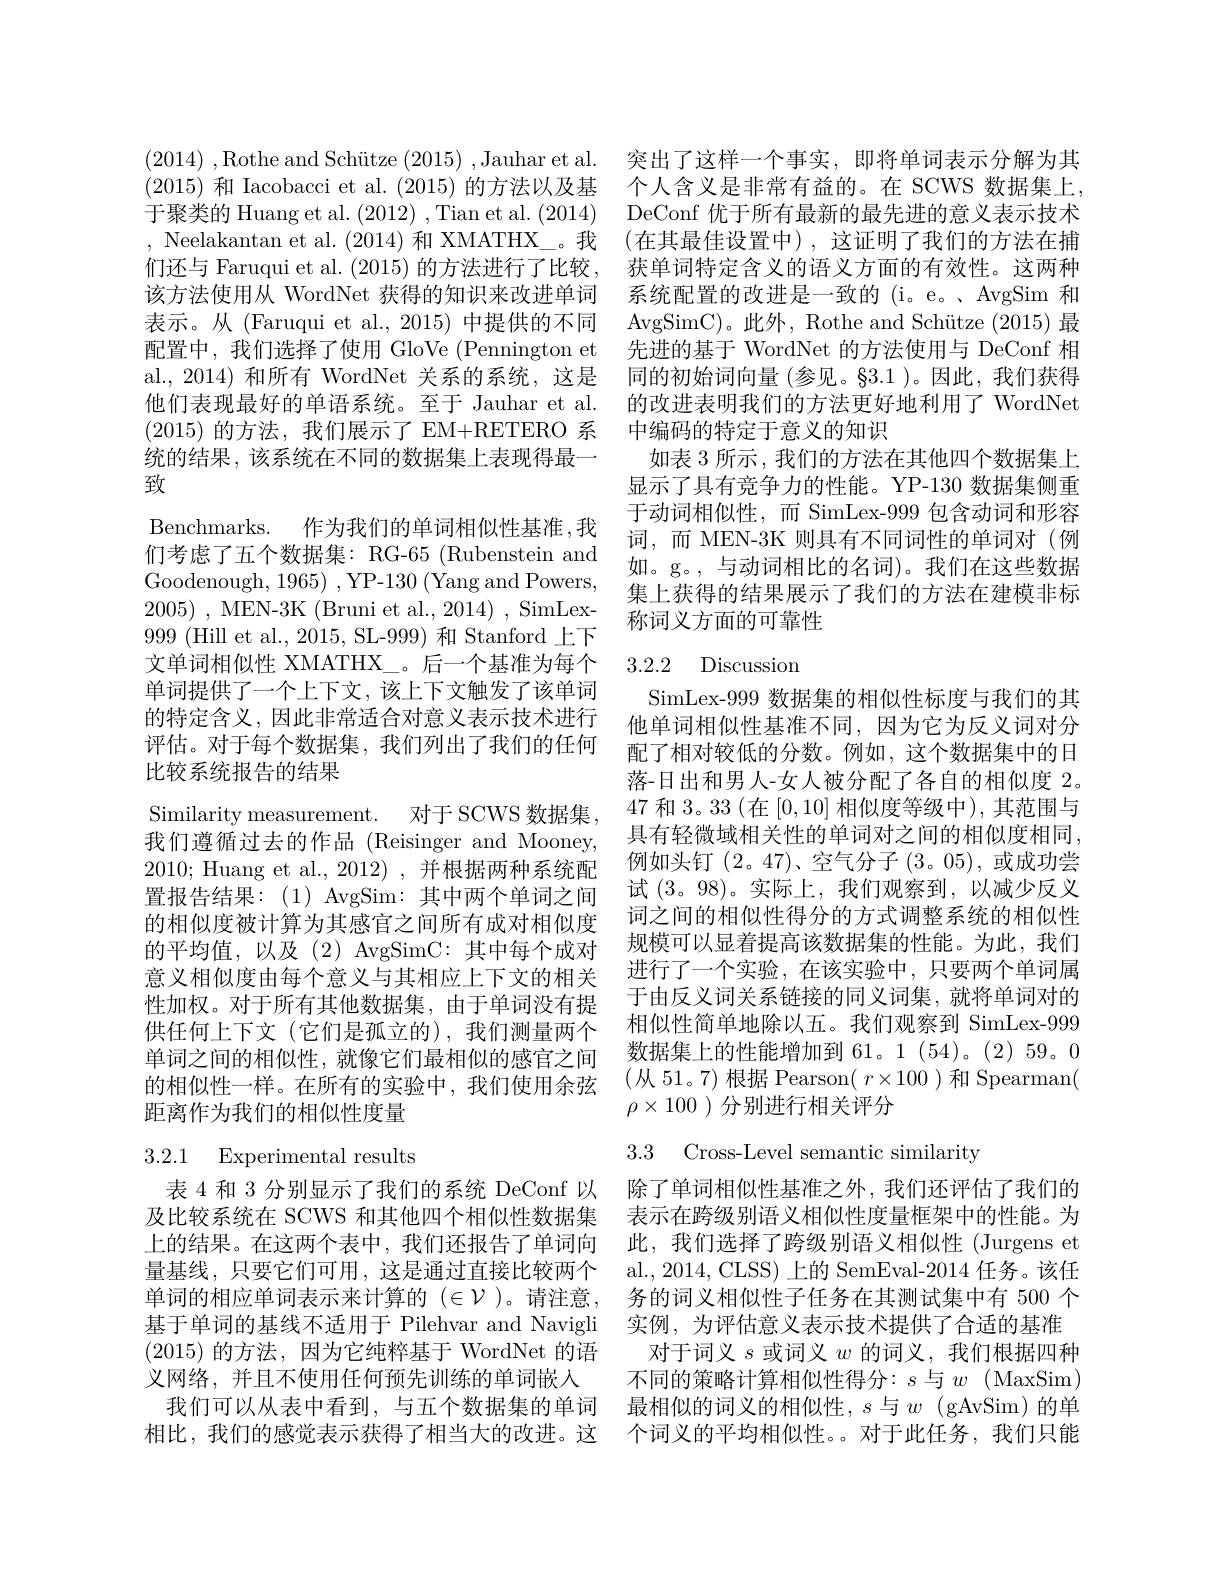
(2014) ,Rothe and Schütze (2015) ,Jauhar et al. 突出了这样一个事实，即将单词表示分解为其(2015)和 Iacobacci et al. (2015) 的方法以及基 个人含义是非常有益的。在 SCWS 数据集上。于聚类的 Huang et al. (2012) ,Tian et al. (2014) DeConf 优于所有最新的最先进的意义表示技术, Neelakantan et al. (2014)和 XMATHX\_。我 (在其最佳设置中),这证明了我们的方法在捕们还与 Faruqui et al. (2015) 的方法进行了比较，获单词特定含义的语义方面的有效性。这两种该方法使用从 WordNet 获得的知识来改进单词 系统配置的改进是一致的 (i。e。、AvgSim 和表示。从 (Faruqui et al., 2015) 中提供的不同 AvgSimC)。此外，Rothe and Schütze (2015) 最配置中，我们选择了使用 GloVe (Pennington et 先进的基于 WordNet 的方法使用与 DeConf 相al., 2014) 和所有 WordNet 关系的系统，这是 同的初始词向量 (参见。§3.1 )。因此，我们获得他们表现最好的单语系统。至于 Jauhar et al. 的改进表明我们的方法更好地利用了 WordNet (2015)的方法，我们展示了 EM+RETERO 系 中编码的特定于意义的知识
统的结果，该系统在不同的数据集上表现得最一
致

Benchmarks. 作为我们的单词相似性基准，我们考虑了五个数据集：RG-65 (Rubenstein and Goodenough, 1965) , YP-130 ( Yang and Powers, 2005) ,MEN-3K(Bruni et al.,2014) ,SimLex- 999 (Hill et al., 2015, SL-999) 和 Stanford 上下文单词相似性 XMATHX\_。后一个基准为每个 3.2.2 Discussion
单词提供了一个上下文，该上下文触发了该单词的特定含义，因此非常适合对意义表示技术进行评估。对于每个数据集，我们列出了我们的任何比较系统报告的结果
Similarity measurement. 对于 SCWS 数据集， 我们遵循过去的作品 (Reisinger and Mooney, 2010; Huang et al., 2012), 并根据两种系统配置报告结果：(1)AvgSim:其中两个单词之间的相似度被计算为其感官之间所有成对相似度的平均值，以及(2)AvgSimC:其中每个成对意义相似度由每个意义与其相应上下文的相关性加权。对于所有其他数据集，由于单词没有提供任何上下文(它们是孤立的),我们测量两个单词之间的相似性，就像它们最相似的感官之间的相似性一样。在所有的实验中，我们使用余弦 (从 51。7)根据 Pearson( $r\times100$ )和 Spearman(
距离作为我们的相似性度量

## 3.2.1 Experimental results

表 4 和 3 分别显示了我们的系统 DeConf 以 除了单词相似性基准之外，我们还评估了我们的及比较系统在 SCWS 和其他四个相似性数据集 表示在跨级别语义相似性度量框架中的性能。为上的结果。在这两个表中，我们还报告了单词向 此，我们选择了跨级别语义相似性 (Jurgens et 量基线，只要它们可用，这是通过直接比较两个 al.,2014, CLSS) 上的 SemEval-2014 任务。该任单词的相应单词表示来计算的$(\in\mathcal{V}$ )。请注意，务的词义相似性子任务在其测试集中有 500 个基于单词的基线不适用于 Pilehvar and Navigli 实例，为评估意义表示技术提供了合适的基准(2015)的方法，因为它纯粹基于 WordNet 的语 对于词义$s$或词义$w$的词义，我们根据四种义网络，并且不使用任何预先训练的单词嵌人 不同的策略计算相似性得分：$s$与$w$ (MaxSim)
我们可以从表中看到，与五个数据集的单词 最相似的词义的相似性，$s$与$w$ (gAvSim)的单相比，我们的感觉表示获得了相当大的改进。这 个词义的平均相似性。。对于此任务，我们只能

如表 3 所示 , 我们的方法在其他四个数据集上显示了具有竞争力的性能。YP-130 数据集侧重于动词相似性，而 SimLex-999 包含动词和形容词，而 MEN-3K 则具有不同词性的单词对(例如。g。,与动词相比的名词)。我们在这些数据集上获得的结果展示了我们的方法在建模非标称词义方面的可靠性

SimLex-999 数据集的相似性标度与我们的其他单词相似性基准不同，因为它为反义词对分配了相对较低的分数。例如，这个数据集中的日落-日出和男人-女人被分配了各自的相似度 2。47和 3。33 (在[0,10]相似度等级中),其范围与具有轻微域相关性的单词对之间的相似度相同， 例如头钉(2。47)、空气分子(3。05),或成功尝试 (3。98)。实际上，我们观察到，以减少反义词之间的相似性得分的方式调整系统的相似性规模可以显着提高该数据集的性能。为此，我们进行了一个实验，在该实验中，只要两个单词属于由反义词关系链接的同义词集，就将单词对的相似性简单地除以五。我们观察到 SimLex-999数据集上的性能增加到 61。1 (54)。(2)59。0 $\rho\times100$ )分别进行相关评分

3.3 Cross-Level semantic similarity